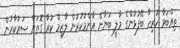
ތިއްބަވާ ހުރިހާ ބޭފުޅުންގެ މާލީ ބަޔާން އާންމުކުރުން ލާޒިމް ކުރާ ގޮތަށް ސަރުކާރުން